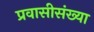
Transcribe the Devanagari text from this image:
प्रवासीसंख्या